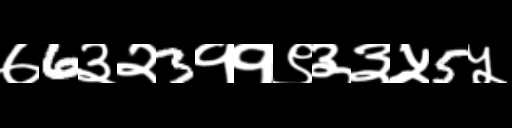
Text: ७6३२3११९३३५5५